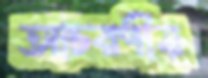
আচরণীয়